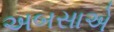
અબસાએ